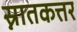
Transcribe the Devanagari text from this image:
स्नातकत्तर